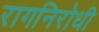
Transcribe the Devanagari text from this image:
रागनिरोधी